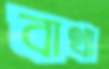
বাথা